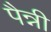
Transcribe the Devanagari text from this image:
पैन्नी